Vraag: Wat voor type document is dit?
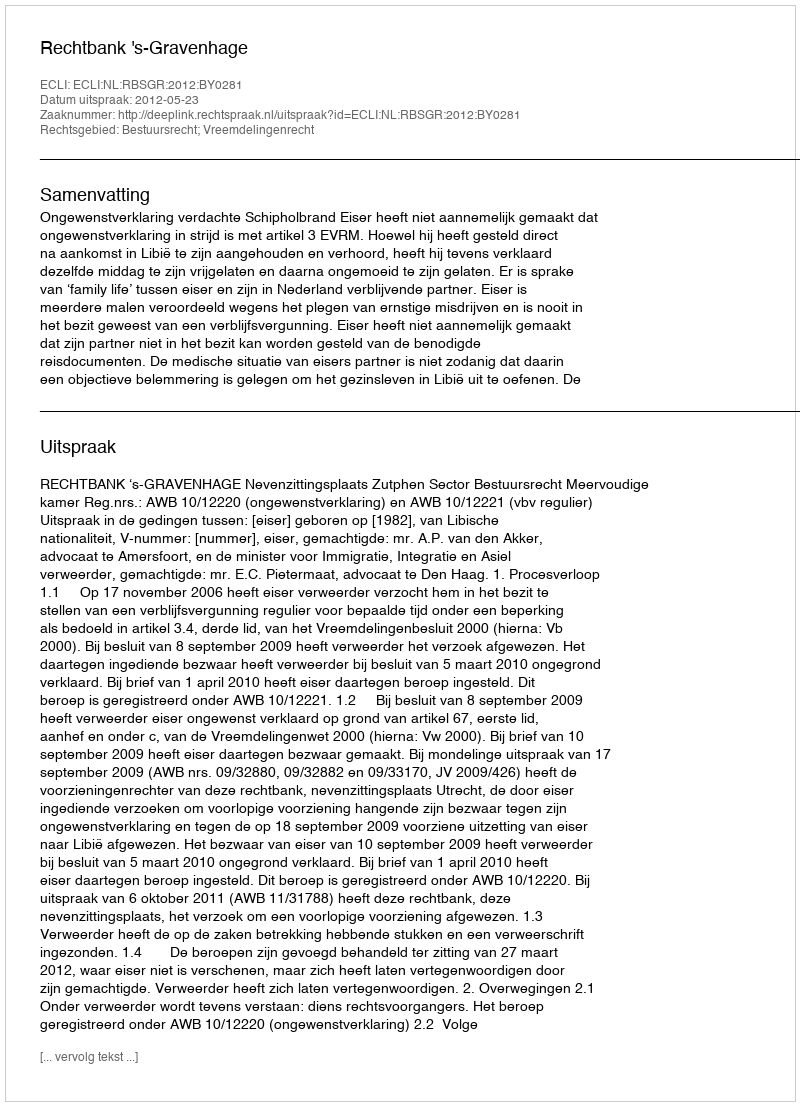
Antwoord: Uitspraak